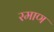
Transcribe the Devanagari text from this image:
रमाण